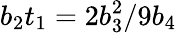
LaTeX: b_{2}t_{1}=2b_{3}^{2}/9b_{4}